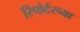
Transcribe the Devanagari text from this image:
रिपोर्टरच्या